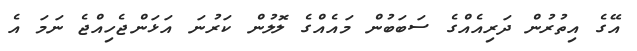
އޭގެ އިތުރުން ދަރިއެއްގެ ސަބަބުން މައެއްގެ ލޮލުން ކަރުނަ އަޅަންޖެހިއްޖެ ނަމަ އެ